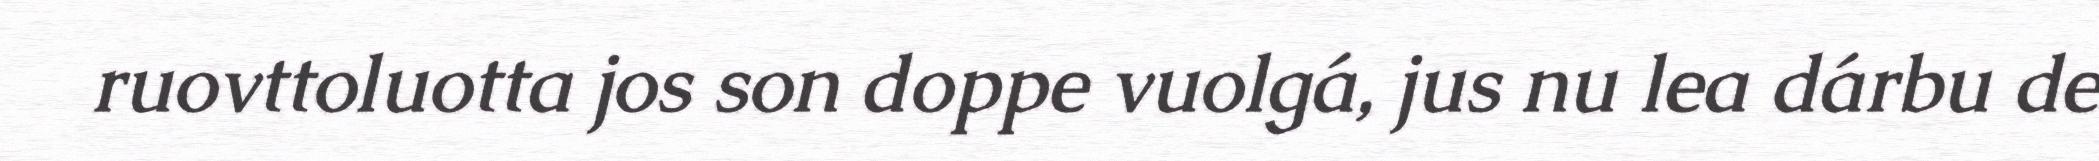
ruovttoluotta jos son doppe vuolgá, jus nu lea dárbu de